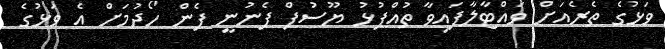
ވަޅުގެ ތެރެއަށް ވައްޓާލާފައިވާ ތުއްޕުޅު ޔޫސުފް ފެނުނީ ފެން ހޯދުމަށް އެ ވަޅުގެ